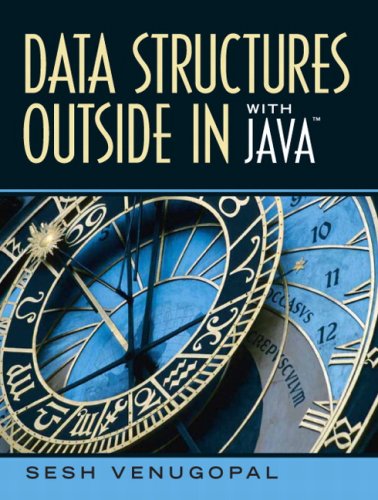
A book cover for Data Structures Outside-In with Java; Sesh Venugopal; Computers & Technology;